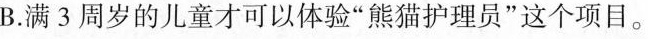
B.满3周岁的儿童才可以体验”熊猫护理员”这个项目。